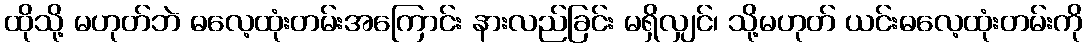
ထိုသို့ မဟုတ်ဘဲ ဓလေ့ထုံးတမ်းအကြောင်း နားလည်ခြင်း မရှိလျှင်၊ သို့မဟုတ် ယင်းဓလေ့ထုံးတမ်းကို